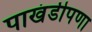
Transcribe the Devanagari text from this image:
पाखंडीपणा